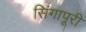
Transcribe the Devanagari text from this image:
सिंगापूरी